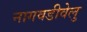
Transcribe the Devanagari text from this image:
नागवडीवेलु